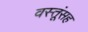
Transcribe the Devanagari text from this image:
वस्तूंसह